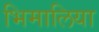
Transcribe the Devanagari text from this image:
भिमालिया